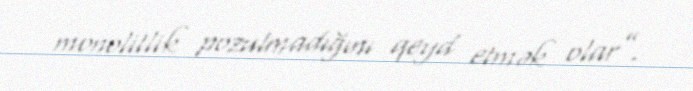
monolitlik pozulmadığını qeyd etmək olar”.